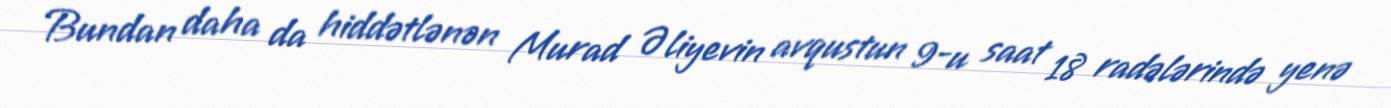
Bundan daha da hiddətlənən Murad Əliyevin avqustun 9-u saat 18 radələrində yenə